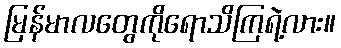
မြန်မာလတွေကိုရောသိကြရဲ့လား။